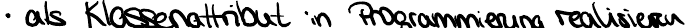
- als Klassenattribut in Programmierung realisieren